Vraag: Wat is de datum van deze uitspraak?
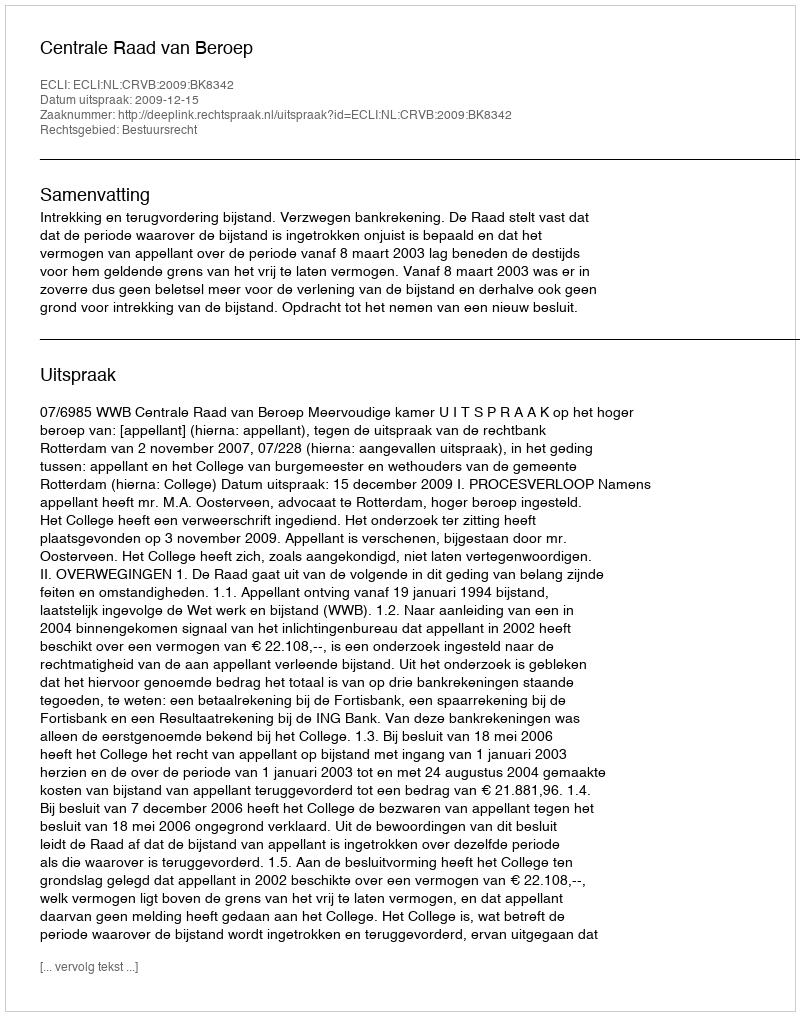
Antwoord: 2009-12-15